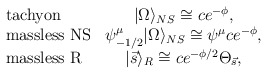
\begin{align*}\left.\begin{array}{lc}\mbox{tachyon} & |\Omega\rangle_{NS}\cong c e^{-\phi}, \\\mbox{massless NS} & \psi^{\mu}_{-1/2}|\Omega\rangle_{NS}\cong \psi^{\mu} ce^{-\phi}, \\\mbox{massless R} & |\vec{s}\rangle_R\cong ce^{-\phi/2}\Theta_{\vec{s}},\end{array}\right. \end{align*}